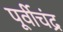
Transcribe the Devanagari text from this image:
पूर्वीचंद्र